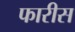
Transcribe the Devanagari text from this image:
फारीस